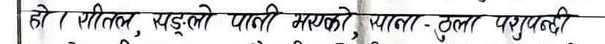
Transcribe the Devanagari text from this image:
हो । शीतल, यड्लो पानी भयको प्याला- ठुला पुरूपनष्ठी